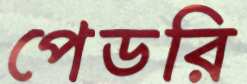
পেডরি